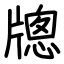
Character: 牕